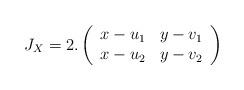
LaTeX: \begin{align*}J_X=2.\left(\begin{array}{ll} x-u_1 & y-v_1 \\ x-u_2 & y-v_2 \end{array} \right) \end{align*}